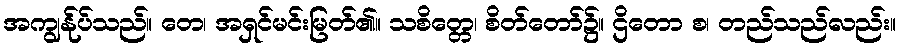
အကျွန်ုပ်သည်။ တေ၊ အရှင်မင်းမြတ်၏။ သစိတ္တေ၊ စိတ်တော်၌။ ဌိတော စ၊ တည်သည်လည်း။